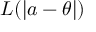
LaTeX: L ( | a - \theta | )